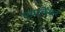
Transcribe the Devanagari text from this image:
एयरवेयर